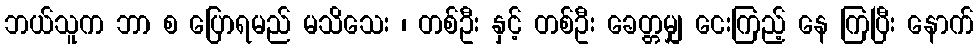
ဘယ်သူက ဘာ စ ပြောရမည် မသိသေး ၊ တစ်ဦး နှင့် တစ်ဦး ခေတ္တမျှ ငေးကြည့် နေ ကြပြီး နောက်